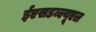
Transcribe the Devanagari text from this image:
ईएसडब्ल्यूएल